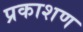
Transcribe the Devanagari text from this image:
प्रकाशण